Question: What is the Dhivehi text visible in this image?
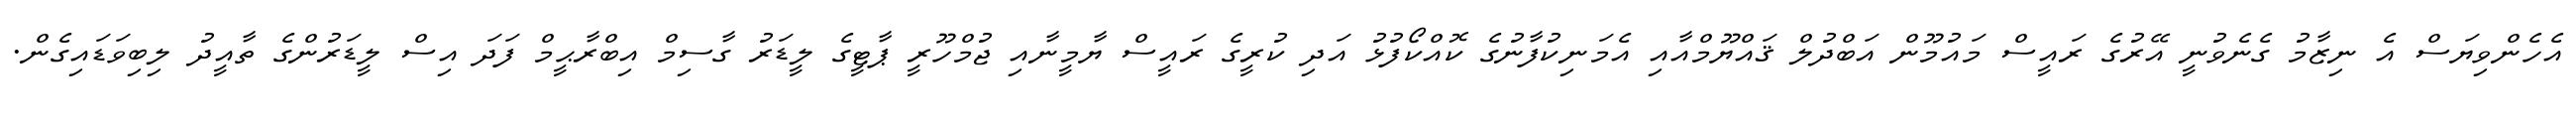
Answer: އެހެންވިޔަސް އެ ނިޒާމު ގެނެވުނީ އޭރުގެ ރައީސް މައުމޫން އަބްދުލް ޤައްޔޫމްއާއި އެމަނިކުފާނުގެ ކޮއްކޯފުޅު އަދި ކުރީގެ ރައީސް ޔާމީނާއި ޖުމްހޫރީ ޕާޓީގެ ލީޑަރު ގާސިމް އިބްރާޙީމް ފަދަ އިސް ލީޑަރުންގެ ތާއީދު ލިބިވަޑައިގެން.